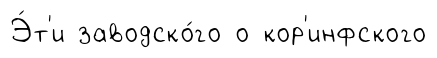
Э́т'и заводско́го о кор'инфского